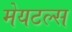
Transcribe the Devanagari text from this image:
मेयटल्स